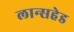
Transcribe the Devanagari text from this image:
लान्सहेड